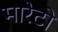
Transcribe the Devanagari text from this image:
मारेटो